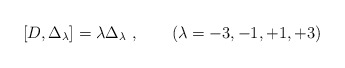
\begin{align*}[ D, \Delta_\lambda ] = \lambda\Delta_\lambda\ ,\qquad (\lambda = -3, -1, +1, +3)\end{align*}